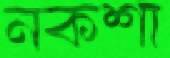
নকশা